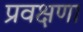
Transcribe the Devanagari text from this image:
प्रवक्षणा